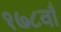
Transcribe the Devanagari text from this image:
१७८वाँ